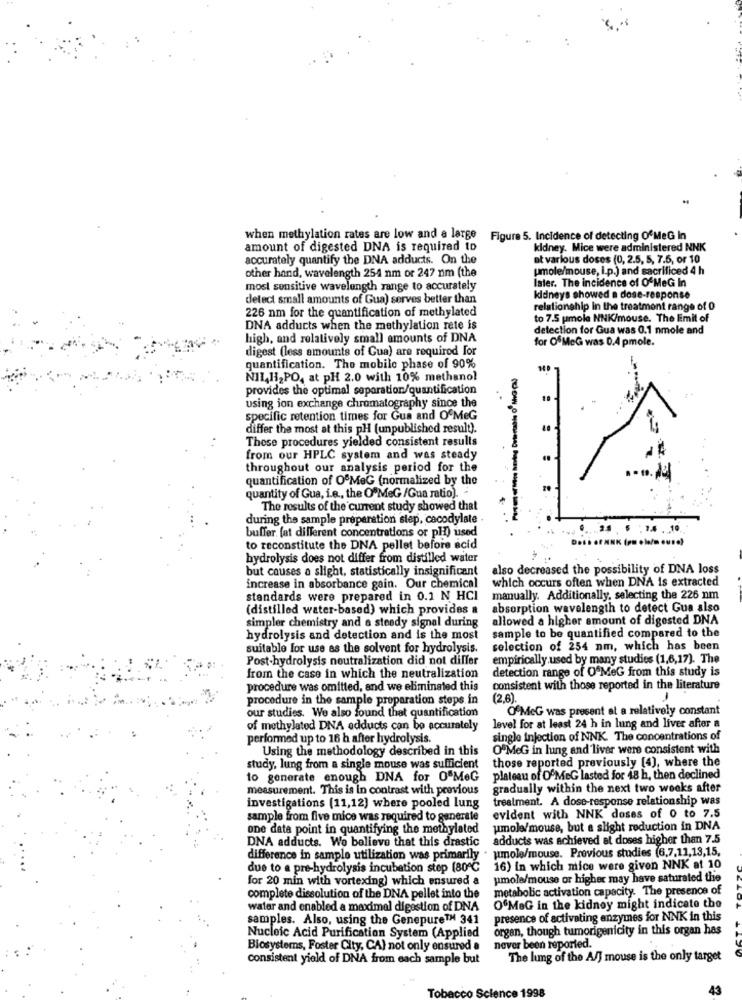
when methylation rates are low and a large
Figure 5. Incidence of detecting OfMeG In
amount of digested DNA is required to
kidney. Mice were administered NNK
accurately quantify the DNA adducts. On the
at various doses (0, 2.5, 5, 7.5, or 10
umole/mouse, i.p.) and sacrificed 4 h
other hand, wavelength 254 nm or 247 nm (the
later. The incidence of O'MeG In
most sensitive wavelength range to accurately
detect small amounts of Gua) serves better than
kidneys showed a dose-response
226 nm for the quantification of methylated
relationship in the treatment range of 0
to 7.5 pmola NNK/mouse. The Emit of
DNA adducts when the methylation rete is
detection for Gua was 0.1 nmole and
high, and relatively small amounts of DNA
for Of MeG was 0.4 pmole.
digest (less amounts of Gua) are required For
quantification. The mobile phase of 90%
N11,132PO, at pH 2.0 with 10% methanol
provides the optimal separation/quantification
using ion exchange chromatography since the
specific retention times for Gua and OfMeG
differ the most at this pH (unpublished result).
These procedures yielded consistent results
from our HPLC system and was steady
throughout our analysis period for the
quantification of OfMeG (normalized by the
quantity of Gua, i.e ., the O'MeG /Gua ratio).
The results of the current study showed that
during the sample preparation step, cacodylate -
.. ..
buffer [at different concentrations or pl) used
to reconstitute the DNA pellet before acid
hydrolysis does not differ from distilled water
but causes a slight, statistically insignificant
also decreased the possibility of DNA loss
which occurs often when DNA is extracted
increase in absorbance gain. Our chemical
standards were prepared in 0.1 N HCI
manually. Additionally, selecting the 226 nm
(distilled water-based) which provides a
absorption wavelength to detect Gua also
simpler chemistry and a steady signal during
allowed a higher amount of digested DNA
sample to be quantified compared to the
hydrolysis and detection and is the most
suitable for use as the solvent for hydrolysis.
selection of 254 nm, which has been
Post-hydrolysis noutralization did not differ
empirically.used by many studies (1,6,17). The
detection range of O MeG from this study is
from the case in which the neutralization
procedure was omitted, and we eliminated this
consistent with those reported in the literature
procedure in the sample preparation steps in
(2,6).
OfMcG was present at a relatively constant
our studies. We also found that quantification
of methylated DNA edducts can be accurately
level for at least 24 h in lung and liver after a
performed up to 16 h after hydrolysis.
single injection of NNK. The concentrations of
Using the methodology described in this
OFMeG in lung and liver were consistent with
those reported previously [4], where the
study, lung from a single mouse was sufficient
to generate enough DNA for OFMeG
plateau of OfMeG lasted for 48 h, then declined
measurement. This is in contrast with previous
gradually within the next two weeks after
treatment. A dose-response relationship was
investigations (11,12) where pooled lung
sample from five mice was required to generate
evident with NNK doses of 0 to 7.5
one data point in quantifying the methylated
umole/mouse, but a slight reduction in DNA
DNA adducts. We believe that this drastic
adducts was achieved at doses higher than 7.5
difference in sample utilization was primarily . umole/mouse. Previous studies (6,7,11,13,15,
due to a pre-hydrolysis incubation stop (80℃
16) In which mice were given NNK at 10
for 20 min with vortexing) which ensured a
pmole/mouse or higher may have saturated the
metabolic activation capacity. The presence of
complete dissolution of the DNA pellet into the
water and enabled a maximal digestion of DNA
OfMeG in the kidney might indicate the
samples. Also, using the Genepure™ 341
presence of activating enzymes for NNK in this
organ, though tumorigenicity in this organ has
Nucleic Acid Purification System (Applied
Blosystems, Foster City, CA) not only ensured a
never been reported.
consistent yield of DNA from each sample but
The lung of the A/] mouse is the only target
43